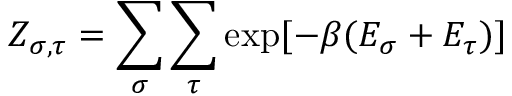
Z _ { \sigma , \tau } = \sum _ { \sigma } \sum _ { \tau } \exp [ - \beta ( E _ { \sigma } + E _ { \tau } ) ]